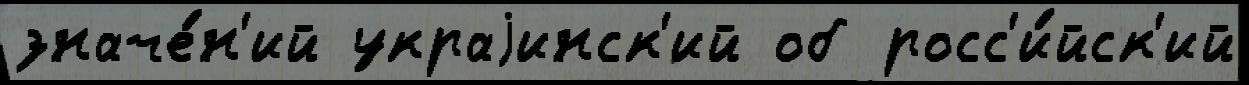
значе́н'ий украjинск'ий об росс'и́йск'ий